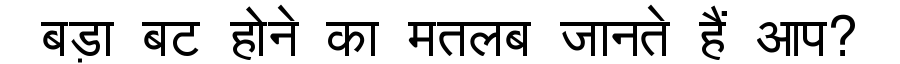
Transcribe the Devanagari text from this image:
बड़ा बट होने का मतलब जानते हैं आप?